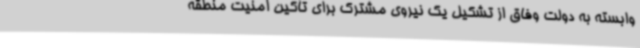
وابسته به دولت وفاق از تشکیل یک نیروی مشترک برای تأکین امنیت منطقه